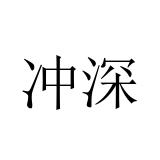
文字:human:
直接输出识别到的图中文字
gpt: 冲深